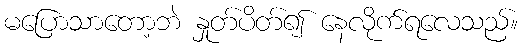
မပြောသာတော့ဘဲ နှုတ်ပိတ်၍ နေလိုက်ရလေသည်။